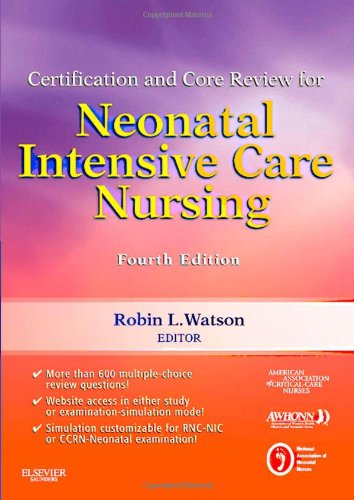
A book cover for Certification and Core Review for Neonatal Intensive Care Nursing, 4e (Watson, Certification and Core Review for Neonatal Intensive Care Nursing); AACN; Medical Books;